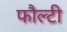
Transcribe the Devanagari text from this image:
फौल्टी